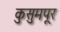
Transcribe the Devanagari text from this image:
कुसुमपूर